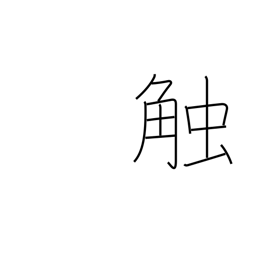
Meaning: proclaim